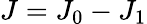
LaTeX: J=J_{0}-J_{1}